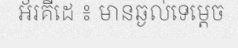
អ័រគីដេ ៖ មានឆ្ងល់ទេម្តេច